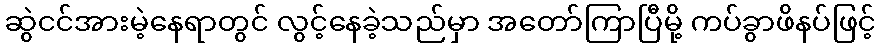
ဆွဲငင်အားမဲ့နေရာတွင် လွင့်နေခဲ့သည်မှာ အတော်ကြာပြီမို့ ကပ်ခွာဖိနပ်ဖြင့်